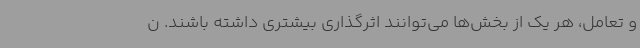
و تعامل، هر یک از بخش‌ها می‌توانند اثرگذاری بیشتری داشته باشند. ن